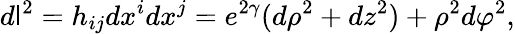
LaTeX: d\mathsf{l}^{2}=h_{ij}dx^{i}dx^{j}=e^{2\gamma}(d\rho^{2}+dz^{2})+\rho^{2}d\varphi^{2},